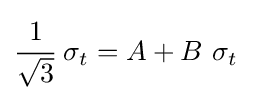
{\cfrac {1}{\sqrt {3}}}~\sigma _{t}=A+B~\sigma _{t}~